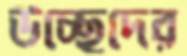
উচ্ছেদের